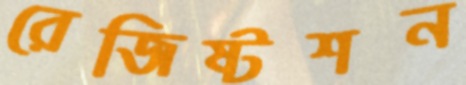
রেজিষ্টশন